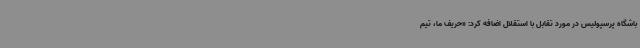
باشگاه پرسپولیس در مورد تقابل با استقلال اضافه کرد: «حریف ما، تیم